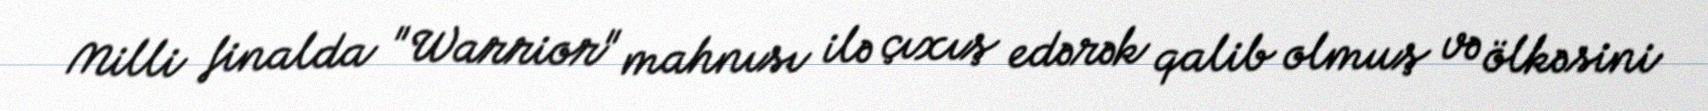
Milli finalda "Warrior" mahnısı ilə çıxış edərək qalib olmuş və ölkəsini